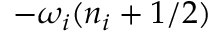
- { \omega _ { i } } ( n _ { i } + 1 / 2 )